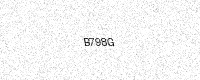
Text: B798G